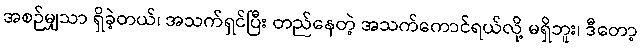
အစဉ်မျှသာ ရှိခဲ့တယ်၊ အသက်ရှင်ပြီး တည်နေတဲ့ အသက်ကောင်ရယ်လို့ မရှိဘူး၊ ဒီတော့